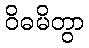
ဝိဓမိတွာ